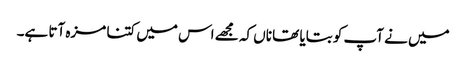
میں نے آپ کو بتایا تھا ناں کہ مجھے اس میں کتنا مزہ آتا ہے۔